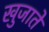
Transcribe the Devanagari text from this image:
खुजाते